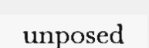
unposed